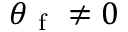
\theta _ { \mathrm { ~ f ~ } } \neq 0